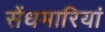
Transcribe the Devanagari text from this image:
सेंधमारियां